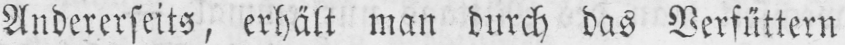
Andererseits, erhält man durch das Verfüttern